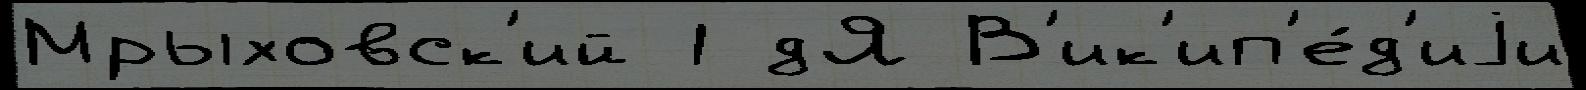
Мрыховск'ий 1 дЯ В'ик'ип'е́д'иjи